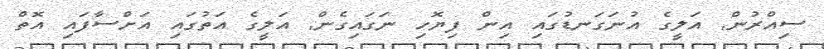
ސިއްރުން